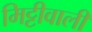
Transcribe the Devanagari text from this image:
मिट्टीवाली